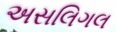
અસલિગલ